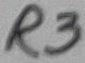
Text: R3